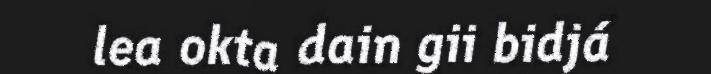
lea okta dain gii bidjá